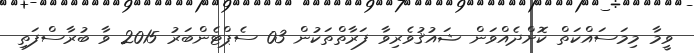
ވީމާ މިމަސައްކަތް ކޮށްދެއްވަން ޝައުޤުވެރިވާ ފަރާތްތަކުން 03 ސެޕްޓެންބަރު 2015 ވާ ބުރާސްފަތި